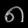
Digit: ၈